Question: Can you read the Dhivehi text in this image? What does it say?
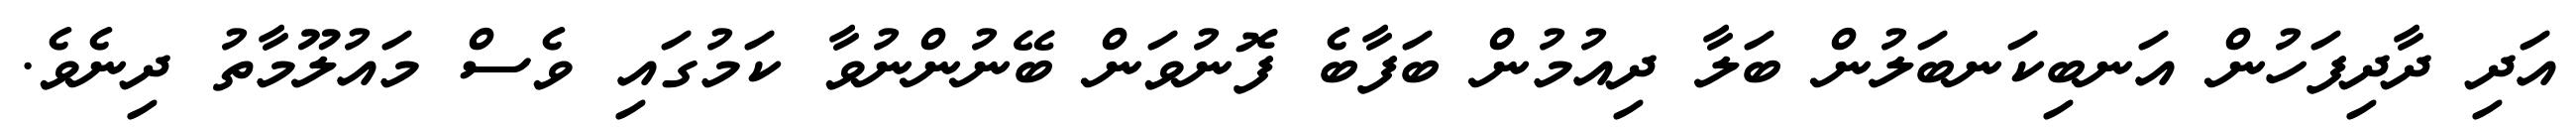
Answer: އަދި ދާދިފަހުން އަނބިކަނބަލުން ބަލާ ދިއުމުން ބަފާބެ ފޮނުވަން ބޭނުންނުވާ ކަމުގައި ވެސް މައުލޫމާތު ދިނެވެ.